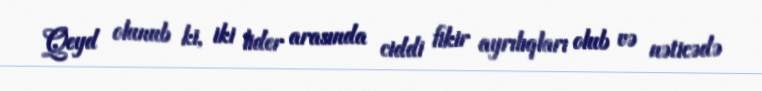
Qeyd olunub ki, iki lider arasında ciddi fikir ayrılıqları olub və nəticədə